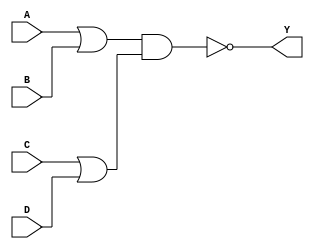
module OAI22X1_1(A, B, C, D, Y);
input A, B, C, D;
output Y;
wire tmp0, tmp1;
or(tmp0, A, B);
or(tmp1, C, D);
nand(Y, tmp0, tmp1);
endmodule